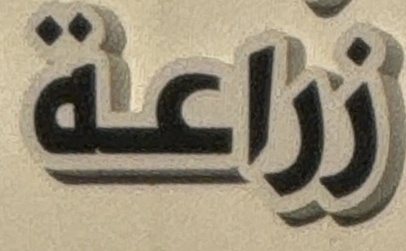
زراعة